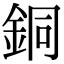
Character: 銅